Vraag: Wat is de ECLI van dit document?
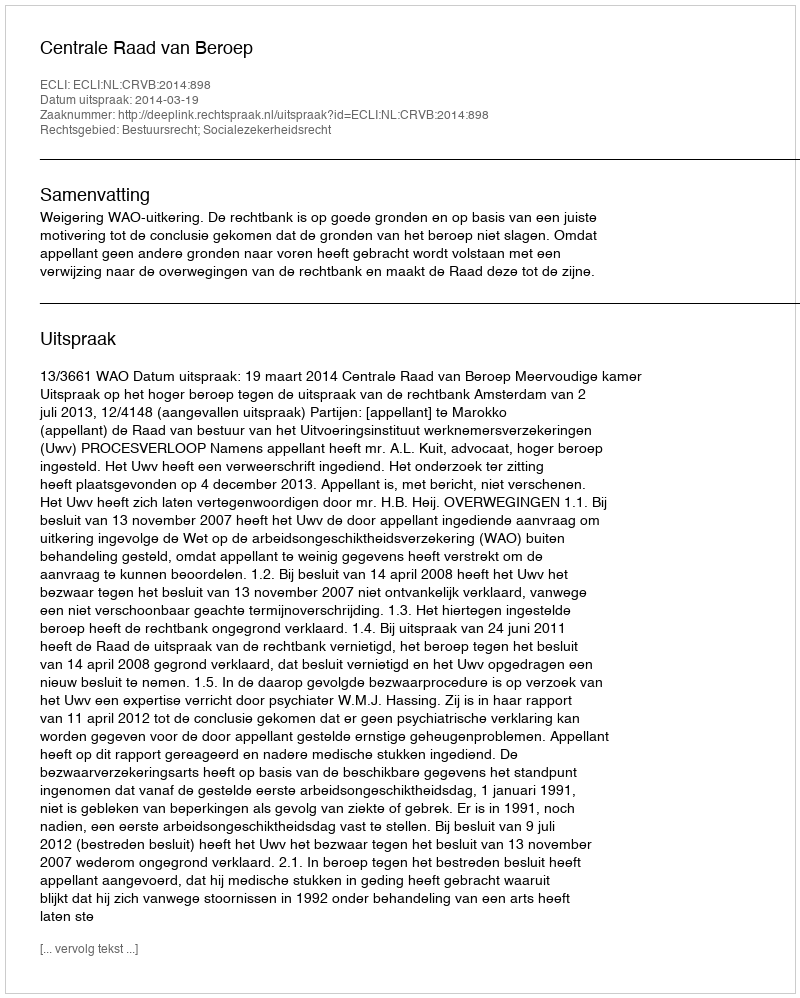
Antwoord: ECLI:NL:CRVB:2014:898